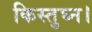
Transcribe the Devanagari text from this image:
किस्तुघ्न।